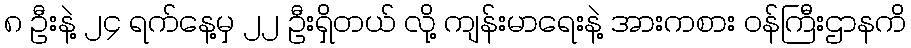
၈ ဦးနဲ့ ၂၄ ရက်နေ့မှ ၂၂ ဦးရှိတယ် လို့ ကျန်းမာရေးနဲ့ အားကစား ဝန်ကြီးဌာနကိ